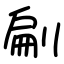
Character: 㓲